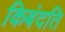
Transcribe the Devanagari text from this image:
किबंदति